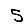
Digit: 5